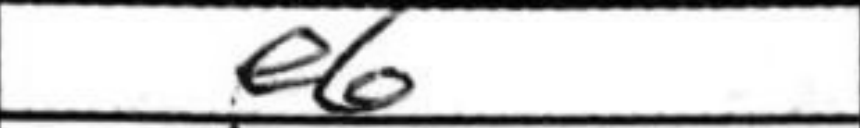
Transcription: e6